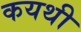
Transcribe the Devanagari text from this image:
कयथी